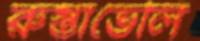
রুস্তাভেলি